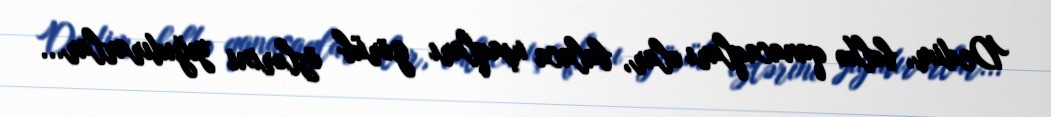
Dedim, bəlkə qanacaqları olar, balaca uşaqları görüb özlərini yığıdırarlar...